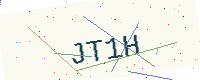
Text: JT1H